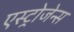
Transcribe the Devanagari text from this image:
एस्ट्रोजेन्स